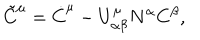
\tilde { C } ^ { \mu } = \dot { C } ^ { \mu } - U _ { \alpha \beta } ^ { \mu } N ^ { \alpha } C ^ { \beta } ,